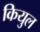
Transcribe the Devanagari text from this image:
कियुल